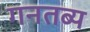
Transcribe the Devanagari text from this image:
गनतब्य